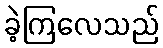
ခဲ့ကြလေသည်